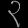
Digit: ၃